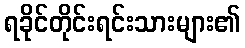
ရခိုင်တိုင်းရင်းသားများ၏